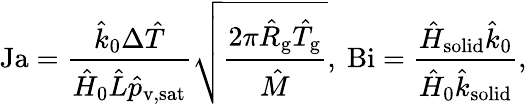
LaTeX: \mathrm{Ja}=\frac{\hat{k}_{0}\Delta\hat{T}}{\hat{H}_{0}\hat{L}\hat{p}_{\mathrm{v,sat}}}\sqrt{\frac{2\pi\hat{R}_{\mathrm{g}}\hat{T}_{\mathrm{g}}}{\hat{M}}},\ \mathrm{Bi}=\frac{\hat{H}_{\mathrm{solid}}\hat{k}_{0}}{\hat{H}_{0}\hat{k}_{\mathrm{solid}}},